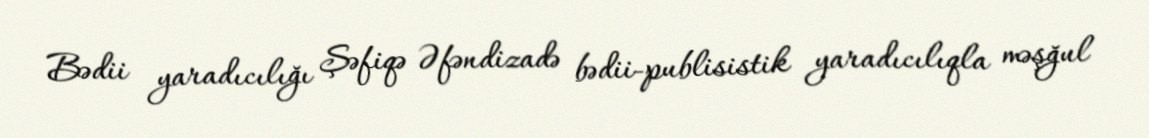
Bədii yaradıcılığı Şəfiqə Əfəndizadə bədii-publisistik yaradıcılıqla məşğul